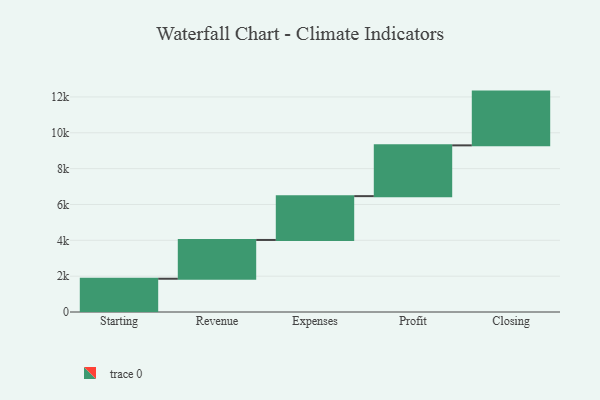
{"axis": {"x": "Step", "y": "Value"}, "legend": [""], "data": [{"x": "Starting", "y": 1856.0, "type": ""}, {"x": "Revenue", "y": 2164.0, "type": ""}, {"x": "Expenses", "y": 2445.0, "type": ""}, {"x": "Profit", "y": 2833.0, "type": ""}, {"x": "Closing", "y": 3000, "type": ""}]}